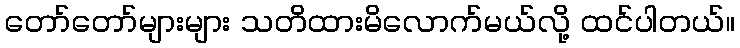
တော်တော်များများ သတိထားမိလောက်မယ်လို့ ထင်ပါတယ်။